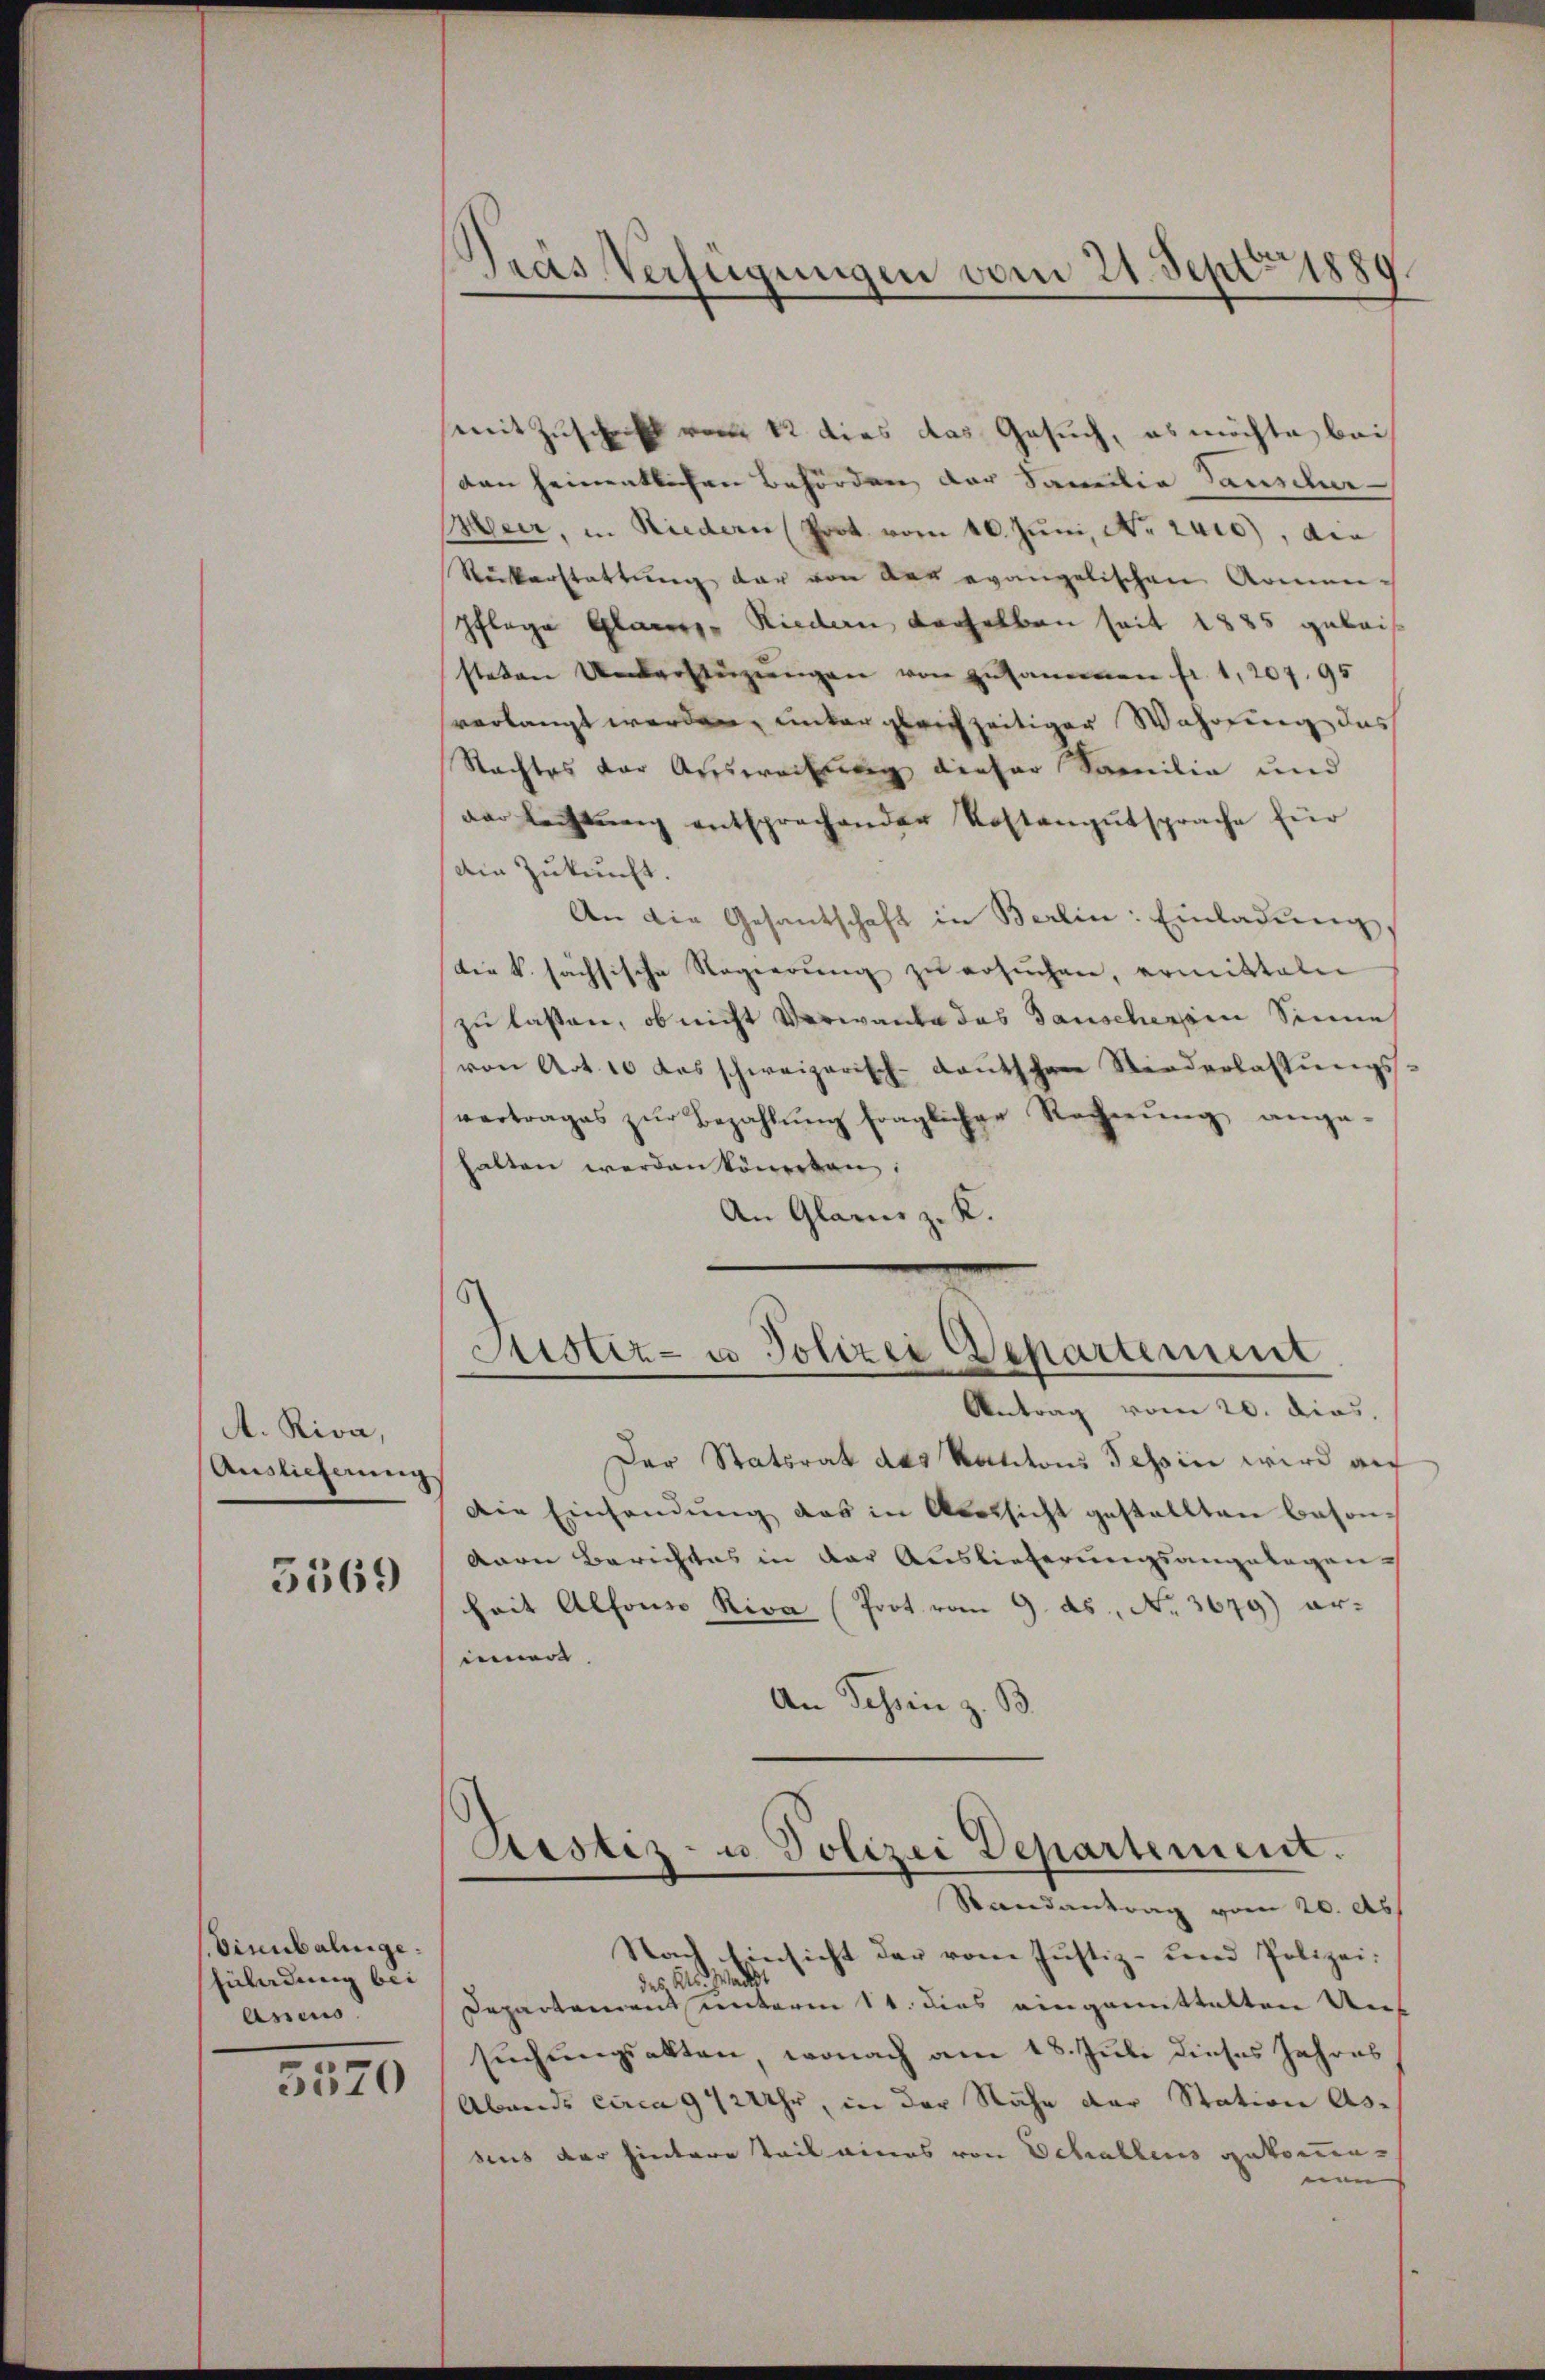
A. Riva,
Auslieferung

3569

Vinubaltige.
Enladung bei
Asiens

5570

Pras Verfügungen vom 21. Sept. 1889

mit Zuschrift vom 12 dies das Gesuch, es möchte bei
dan heimentlichen Behörden der Familie Tauscher-
Heer, in Niedern Prot. vom 10. Juni, No. 2410), die
Ruckerstattung der von des evangelischen Armen-
Pflege Glanz - Riedern derselben seit 1885 gebais
steten Ueberstüzungen von zusammen fr. 1, 207. 95
verlangt werden, unter gleichzeitiger Wahrung das
Nachtes vor Aussereitung dieser Familie und
der Rechtŭng entsprechenden Kostengutsprache für
Ain Zukunft.
An die Gesandschaft in Berlin: Einladŭng,
Die k. sächsische Regierŭng zŭ ersŭchen, ermitteln
zu lassen, ob nicht verwande das Ganscherein Sinne
von Art. 10 das schweizerisch-deutschen Niederlassŭngs-
vertrages zŭr Bezahlŭng fraglicher Rechnung ange-
halten werden könneten.
An Glarus z. K.
Sistiz- u Polizei Departement
Antrag vom 20. dies.
Der Statsrat das Kantons Tessin wird au
Die Einsendung das in Aussicht gestellten beson¬
Aare Berichtes in der Auslieferungsangelegen-
heit Alfonio Riva (Prot vom 9. ds. No. 3679) arinnere
An Schen z. B.
Restiz- u. Polizei Departement.
Randantrag vom 20. Ab
Nach Einsicht der vom Justiz- und Polizeides Bis act
Departement unterm 11. dies eingemittelten Unsuchungsakten, wonach am 18. Juli dieses Jahres
Abende circa 942 Uhr, in der Nähe der Station Asbus der hintere Teil eines von Schallens gekomenans